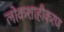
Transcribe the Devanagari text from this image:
लोकशाहीकरण